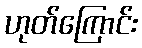
ဟုတ်ကြောင်း